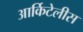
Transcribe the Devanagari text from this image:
आर्किटेलीस